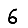
Digit: 6